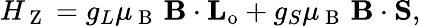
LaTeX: H_{\mathrm{~Z~}}=g_{L}\mu_{\mathrm{~B~}}\, \mathbf{B}\cdot\mathbf{L_{\mathrm{o}}}+g_{S}\mu_{\mathrm{~B~}}\, \mathbf{B}\cdot\mathbf{S},